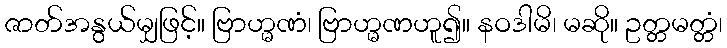
ဇာတ်အနွယ်မျှဖြင့်။ ဗြာဟ္မဏံ၊ ဗြာဟ္မဏဟူ၍။ နဝဒါမိ၊ မဆို။ ဥတ္တမတ္တံ၊